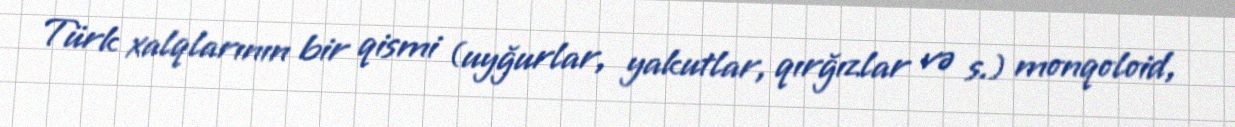
Türk xalqlarının bir qismi (uyğurlar, yakutlar, qırğızlar və s.) monqoloid,